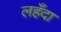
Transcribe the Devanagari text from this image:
लहँदा